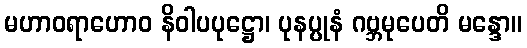
မဟာဝရာဟောဝ နိဝါပပုဋ္ဌော၊ ပုနပ္ပုနံ ဂဗ္ဘမုပေတိ မန္ဒော။